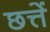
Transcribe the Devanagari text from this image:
छत्तें